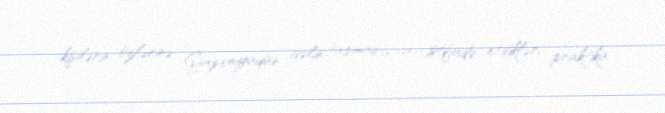
kişilərin özlərinə Yaponiyadan gəlin tapmaq üçün istifadə etdikləri praktika.